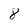
Character: 8